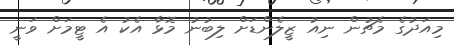
މިއަދުގެ މެޗުން ނިއު ޒީލެންޑަށް ލިބުނު މޮޅާ އެކު އެ ޓީމަށް ވަނީ